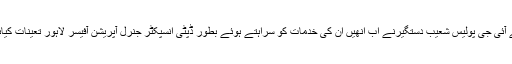
نئے آئی جی پولیس شعیب دستگیرنے اب انھیں ان کی خدمات کو سراہتے ہوئے بطور ڈپٹی انسپکٹر جنرل آپریشن آفیسر لاہور تعینات کیاہے۔